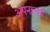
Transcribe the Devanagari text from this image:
अपनालय